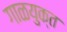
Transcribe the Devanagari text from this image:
गाळयुक्त